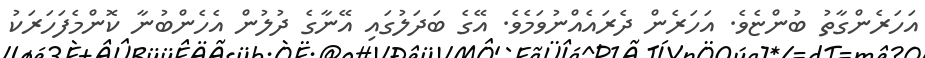
އަހަރެންގާތު ބުންޏެވެ. އަހަރެން ދެރައެއްނުވަމެވެ. އޭގެ ބަދަލުގައި އޭނާގެ ދުލުން އެހެންބުނާ ކޮންމެފަހަރަކު